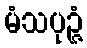
မံသပုဉ္ဇံ